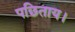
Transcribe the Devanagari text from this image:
पछिताय।